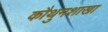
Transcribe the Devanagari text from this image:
कौथुमशाखा